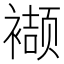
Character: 𮖱